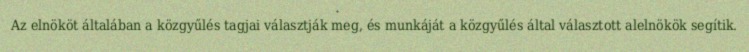
Az elnököt általában a közgyűlés tagjai választják meg, és munkáját a közgyűlés által választott alelnökök segítik.